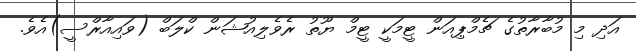
އަދި މި މުބާރާތުގެ ޗެމްޕިއަން ޓީމަކީ ޓީމް ޔޫތު ރެވެލިއުޝަން ކްލަބް (ވައިއާރްސީ)އެވެ.